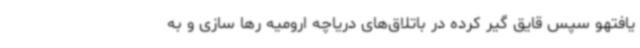
یافتهو سپس قایق گیر کرده در باتلاق‌های دریاچه ارومیه رها سازی و به